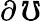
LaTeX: \partial\, \mho